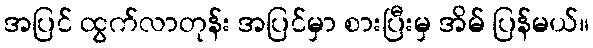
အပြင် ထွက်လာတုန်း အပြင်မှာ စားပြီးမှ အိမ် ပြန်မယ်။